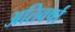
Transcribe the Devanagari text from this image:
अतिवर्षा